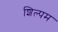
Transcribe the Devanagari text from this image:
शिल्पम